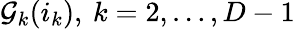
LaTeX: \mathcal{G}_{k}(i_{k}),\: k=2,\ldots,D-1